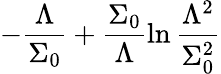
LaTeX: -\frac{\Lambda}{\Sigma_{0}}+\frac{\Sigma_{0}}{\Lambda}\ln\frac{\Lambda^{2}}{\Sigma_{0}^{2}}